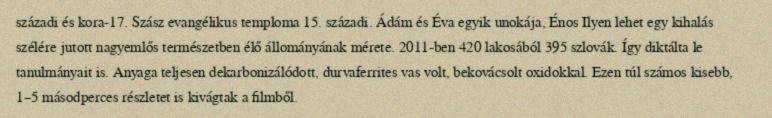
századi és kora-17. Szász evangélikus temploma 15. századi. Ádám és Éva egyik unokája, Énos Ilyen lehet egy kihalás szélére jutott nagyemlős természetben élő állományának mérete. 2011-ben 420 lakosából 395 szlovák. Így diktálta le tanulmányait is. Anyaga teljesen dekarbonizálódott, durvaferrites vas volt, bekovácsolt oxidokkal. Ezen túl számos kisebb, 1–5 másodperces részletet is kivágtak a filmből.